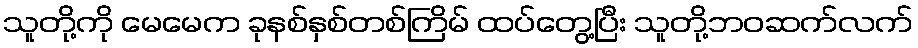
သူတို့ကို မေမေက ခုနစ်နှစ်တစ်ကြိမ် ထပ်တွေ့ပြီး သူတို့ဘဝဆက်လက်